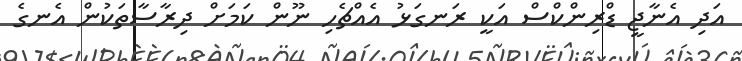
އަދި އެނާޖީ ޑްރިންކްސް އަކީ ރަނގަޅު އެއްޗެހި ނޫން ކަމަށް ދިރާސާތަކުން އެނގެ